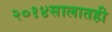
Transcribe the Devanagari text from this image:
२०१४सालातही